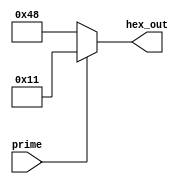
module sevsegdriver(hex_out, prime);
	
	input prime;
	output [6:0] hex_out;
	reg 	[6:0] hex_out;

always @ (prime or ~prime) begin 
		if (prime) begin
			hex_out = ~7'b1101110;
			end
		else begin
			hex_out = ~7'b0110111;
			end
		end 
endmodule